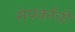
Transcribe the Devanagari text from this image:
संपर्काची